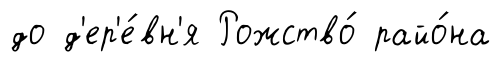
до д'ер'е́вн'я Рожство́ райо́на